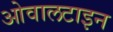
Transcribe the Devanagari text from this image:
ओवालटाइन